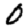
Digit: 0